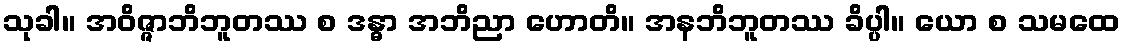
သုခါ။ အဝိဇ္ဇာဘိဘူတဿ စ ဒန္ဓာ အဘိညာ ဟောတိ။ အနဘိဘူတဿ ခိပ္ပါ။ ယော စ သမထေ